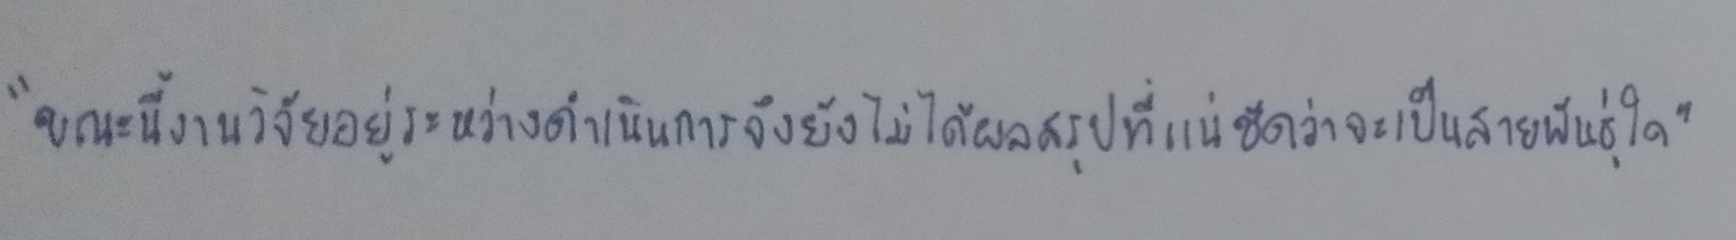
"ขณะนี้งานวิจัยอยู่ระหว่างดำเนินการจึงยังไม่ได้ผลสรุปที่แน่ชัดว่าจะเป็นสายพันธุ์ใด